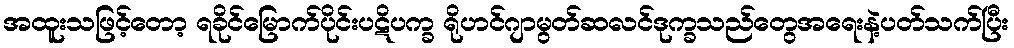
အထူးသဖြင့်တော့ ရခိုင်မြောက်ပိုင်းပဋိပက္ခ ရိုဟင်ဂျာမွတ်ဆလင်ဒုက္ခသည်တွေအရေးနဲ့ပတ်သက်ပြီး